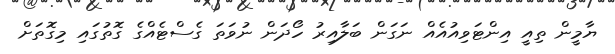
ޔާމީން ތިއީ އިންޓަވިއުއެއް ނަގަން ބަލާއިރު ހޯދަން ނުވަތަ ގެސްޓެއްގެ ގޮތުގައި މިގޮތަށް